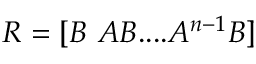
R = [ B \ A B . . . . A ^ { n - 1 } B ]